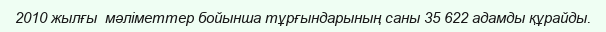
2010 жылғы  мәліметтер бойынша тұрғындарының саны 35 622 адамды құрайды.